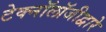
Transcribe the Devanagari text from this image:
टेक्‍नॉलॉजीद्वारे